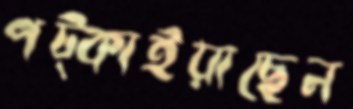
পট্‌কাইয়াছেন